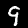
Label: 9